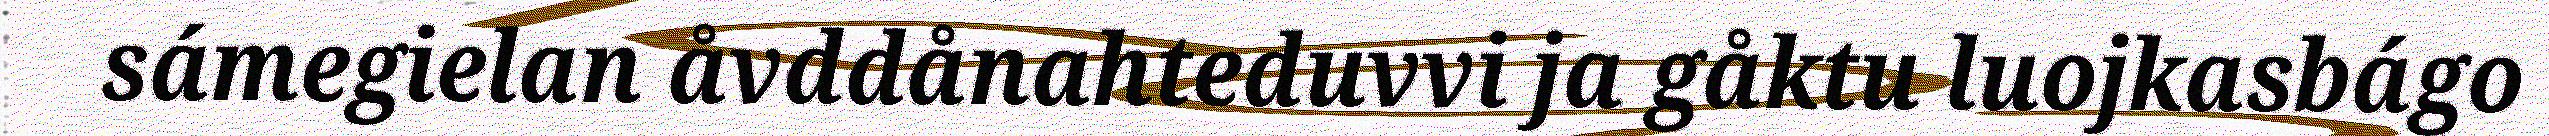
sámegielan åvddånahteduvvi ja gåktu luojkasbágo